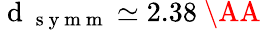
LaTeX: \mathrm{~d~}_{\mathrm{~s~y~m~m~}}\simeq 2.38\mathrm{~\AA~}